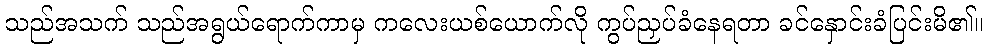
သည်အသက် သည်အရွယ်ရောက်ကာမှ ကလေးယစ်ယောက်လို ကွပ်ညှပ်ခံနေရတာ ခင်နှောင်းခံပြင်းမိ၏။